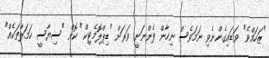
"ޒަހަމްވެ" ވަޑައިގެންނެވި ނަމަވެސް ނިހާން ފެންނަނީ ވަރަށް "ޑިޕްލޮމެޓިކް" ކޮށް "ސިޔާސީ ހަމަލާތަކެއް"